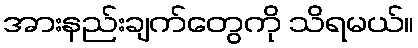
အားနည်းချက်တွေကို သိရမယ်။